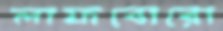
লাফবোরো